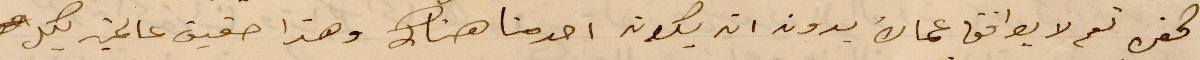
كفر تعم لا يوافق عماك بدون انه يكون احد منا هناك وعذا حقيق عالمنية لمل